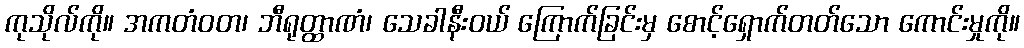
ကုသိုလ်ကို။ အကတံဝတ၊ ဘီရုတ္ထာဏံ၊ သေခါနီးဝယ် ကြောက်ခြင်းမှ စောင့်ရှောက်တတ်သော ကောင်းမှုကို။